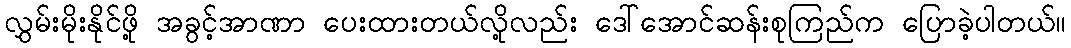
လွှမ်းမိုးနိုင်ဖို့ အခွင့်အာဏာ ပေးထားတယ်လို့လည်း ဒေါ်အောင်ဆန်းစုကြည်က ပြောခဲ့ပါတယ်။